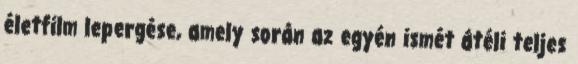
életfilm lepergése, amely során az egyén ismét átéli teljes